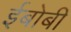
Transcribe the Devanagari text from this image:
ईबोबी